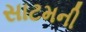
સાટમની